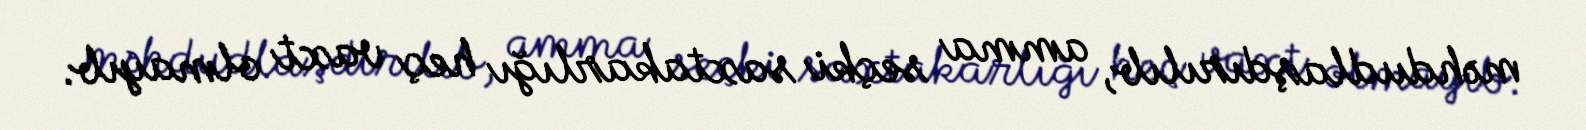
məhdudlaşdırılıb, amma seçki saxtakarlığı heç vaxt olmayıb.